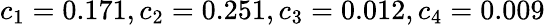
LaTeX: c_{1}=0.171,c_{2}=0.251,c_{3}=0.012,c_{4}=0.009